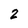
Character: 2